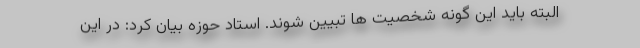
البته باید این گونه شخصیت ها تبیین شوند. استاد حوزه بیان کرد: در این